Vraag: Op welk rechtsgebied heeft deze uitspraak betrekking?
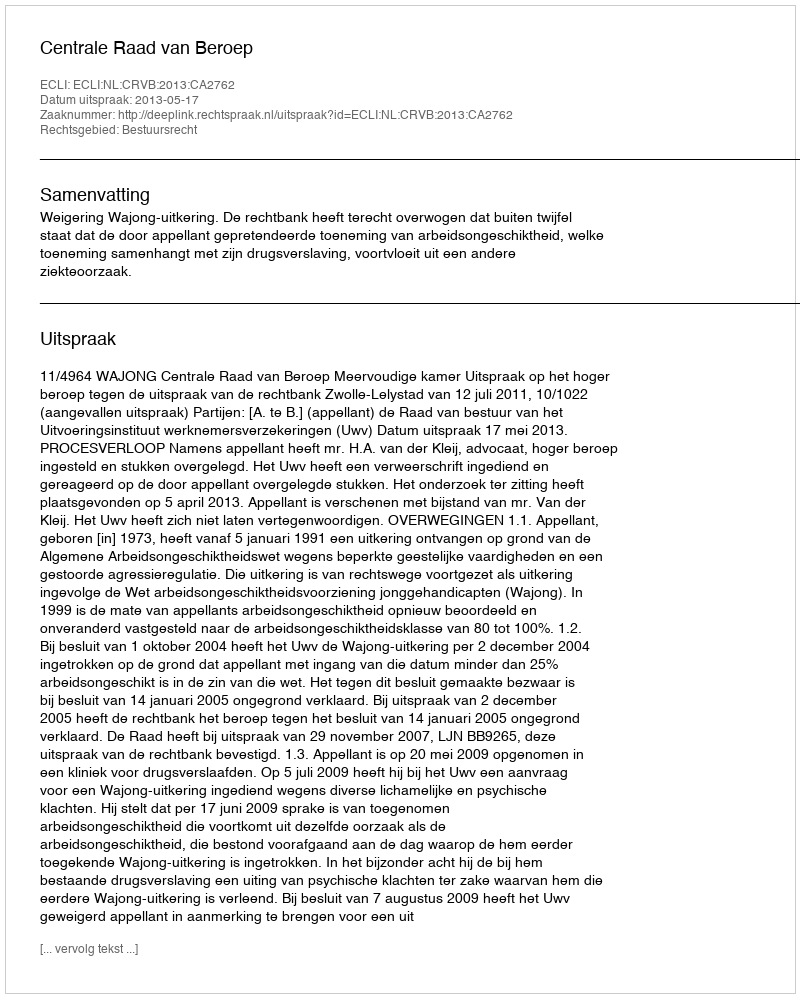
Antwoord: Bestuursrecht